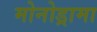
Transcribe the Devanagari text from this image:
मोनोड्रामा